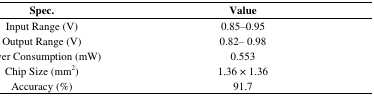
<table><thead><tr><td><b>Spec.</b></td><td><b>Value</b></td></tr></thead><tbody><tr><td>Input Range (V)</td><td>0.85–0.95</td></tr><tr><td>Output Range (V)</td><td>0.82– 0.98</td></tr><tr><td>Power Consumption (mW)</td><td>0.553</td></tr><tr><td>Chip Size (mm<sup>2</sup>)</td><td>1.36 × 1.36</td></tr><tr><td>Accuracy (%)</td><td>91.7</td></tr></tbody></table>